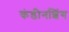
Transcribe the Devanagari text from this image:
कंडीनशिंग